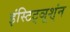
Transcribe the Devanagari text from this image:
इंस्टिट्ञूश्ंन